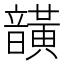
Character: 𮧾